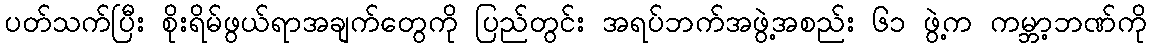
ပတ်သက်ပြီး စိုးရိမ်ဖွယ်ရာအချက်တွေကို ပြည်တွင်း အရပ်ဘက်အဖွဲ့အစည်း ၆၁ ဖွဲ့က ကမ္ဘာ့ဘဏ်ကို